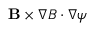
\mathbf { B } \times \nabla B \cdot \nabla \psi